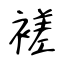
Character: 褨